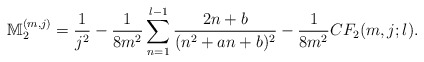
\begin{align*}\mathbb{M}_2^{(m,j)}=\frac{1}{j^2}-\frac{1}{8m^2}\sum_{n=1}^{l-1}\frac{2n+b}{(n^2+an+b)^2}-\frac{1}{8m^2}CF_2(m,j;l).\end{align*}